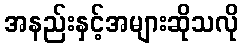
အနည်းနှင့်အများဆိုသလို